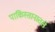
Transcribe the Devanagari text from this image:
पाकिस्तानातले